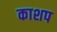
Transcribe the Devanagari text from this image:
काशप